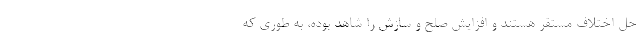
حل اختلاف مستقر هستند و افزایش صلح و سازش را شاهد بوده، به طوری که